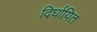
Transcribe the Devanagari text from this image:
दिर्घायित